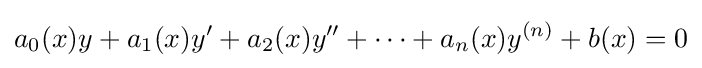
a_{0}(x)y+a_{1}(x)y'+a_{2}(x)y''+\cdots +a_{n}(x)y^{(n)}+b(x)=0